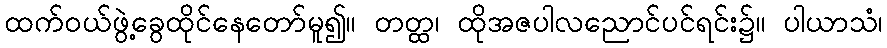
ထက်ဝယ်ဖွဲ့ခွေထိုင်နေတော်မူ၍။ တတ္ထ၊ ထိုအဇပါလညောင်ပင်ရင်း၌။ ပါယာသံ၊